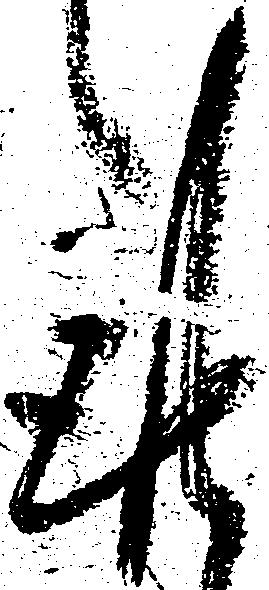
謹